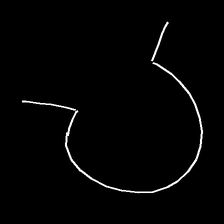
Glyph: weave